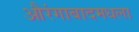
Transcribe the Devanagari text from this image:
औरंगाबादमधला